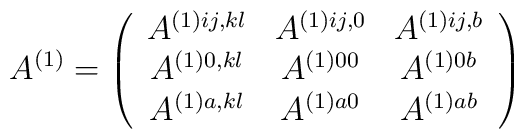
A^{(1)}=\left( \begin{array}{ccc}  A^{(1)ij,kl} & A^{(1)ij,0} & A^{(1)ij,b} \\  A^{(1)0,kl} & A^{(1)00} & A^{(1)0b} \\  A^{(1)a,kl} & A^{(1)a0} & A^{(1)ab}  \end{array}\right)